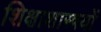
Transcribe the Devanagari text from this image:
शिक्षाशास्त्रयों